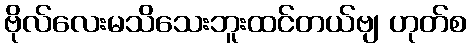
ဗိုလ်လေးမသိသေးဘူးထင်တယ်ဗျ ဟုတ်စ